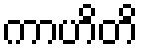
ကာဟိတိ